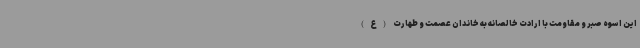
این اسوه صبر و مقاومت با ارادت خالصانه به خاندان عصمت و طهارت (ع)